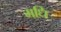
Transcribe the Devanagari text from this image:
मधि